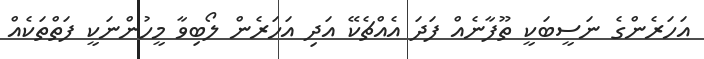
އަހަރެންގެ ނަސީބަކީ ތޫފާނެއް ފަދަ އެއްޗެކޭ އަދި އަހަރެން ލޯބިވާ މީހުންނަކީ ފަތްތަކެއް